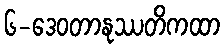
၆-ဒေဝတာနုဿတိကထာ